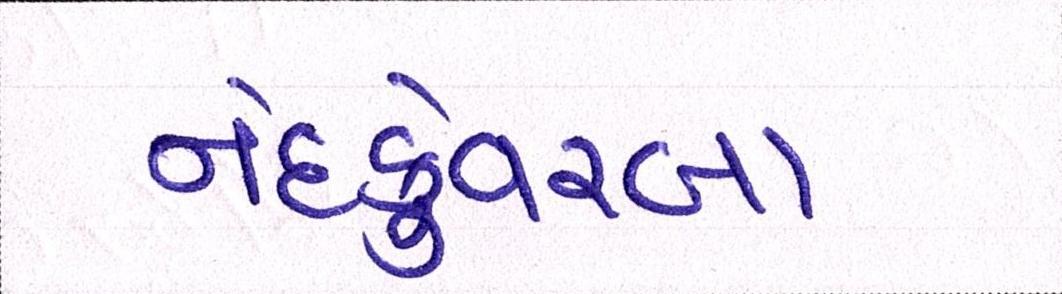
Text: નંદકુંવરબા